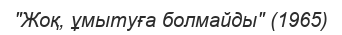
"Жоқ, ұмытуға болмайды" (1965)